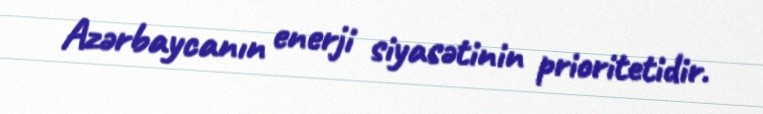
Azərbaycanın enerji siyasətinin prioritetidir.